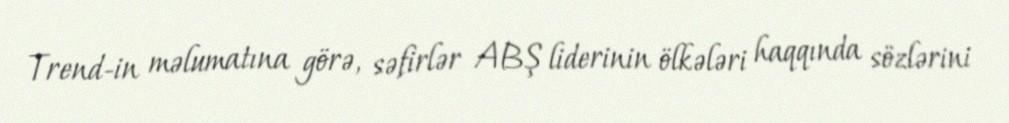
Trend-in məlumatına görə, səfirlər ABŞ liderinin ölkələri haqqında sözlərini